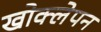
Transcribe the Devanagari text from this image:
खोक्लेपन